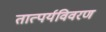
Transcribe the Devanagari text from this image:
तात्पर्यविवरण